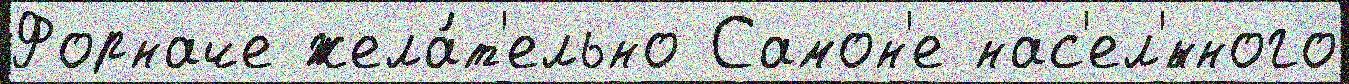
Форначе жела́т'ельно Самон'е нас'ел'́нного